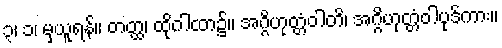
၃၊ ၁၊ မှယူရန်။ တတ္ထ၊ ထိုဂါထာ၌။ အဂ္ဂိဟုတ္တံဝါတိ၊ အဂ္ဂိဟုတ္တံဝါပုဒ်ကား။